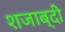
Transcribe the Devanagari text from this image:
शजाब्दी